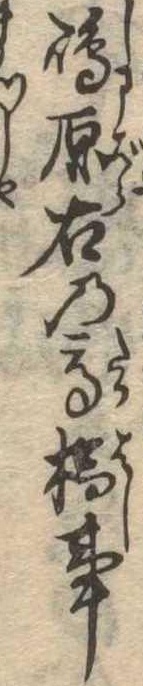
島原古の高橋事